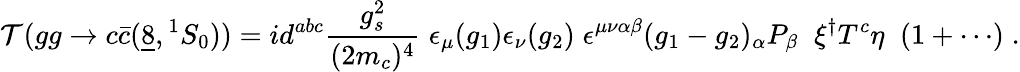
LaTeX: {\cal T}(gg\to c\bar{c}(\underline{{{8}}},{}^{1}S_{0}))=id^{abc}{\frac{g_{s}^{2}}{(2m_{c})^{4}}}\; \epsilon_{\mu}(g_{1})\epsilon_{\nu}(g_{2})\; \epsilon^{\mu\nu\alpha\beta}(g_{1}-g_{2})_{\alpha}P_{\beta}\; \; \xi^{\dagger}T^{c}\eta\; \; (1+\cdots)\; .